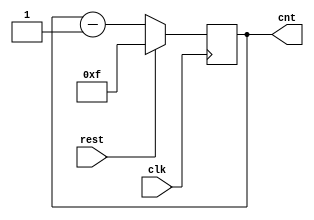
`timescale 1ns / 1ps
//////////////////////////////////////////////////////////////////////////////////
// Company: 
// 
// Design Name: 
// Module Name: Downcounter
// Project Name: 
// Target Devices: 
// Tool Versions: 
// Description: 
// 
// Dependencies: 
// 
// Revision:
// Revision 0.01 - File Created
// Additional Comments:
// 
//////////////////////////////////////////////////////////////////////////////////


module Downcounter(clk,rest,cnt);
input clk,rest;
output reg [3:0] cnt; 

always@(posedge clk)
    begin
        if(rest)
            begin
                cnt <= 4'b1111;
            end 
        else
            cnt <= cnt - 1;
    end
endmodule